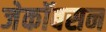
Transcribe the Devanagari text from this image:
जेकॉबसन